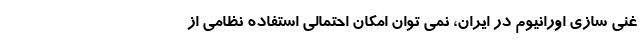
غنی سازی اورانیوم در ایران، نمی توان امکان احتمالی استفاده نظامی از